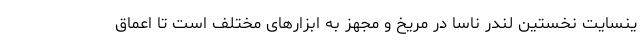
ینسایت نخستین لندر ناسا در مریخ و مجهز به ابزارهای مختلف است تا اعماق